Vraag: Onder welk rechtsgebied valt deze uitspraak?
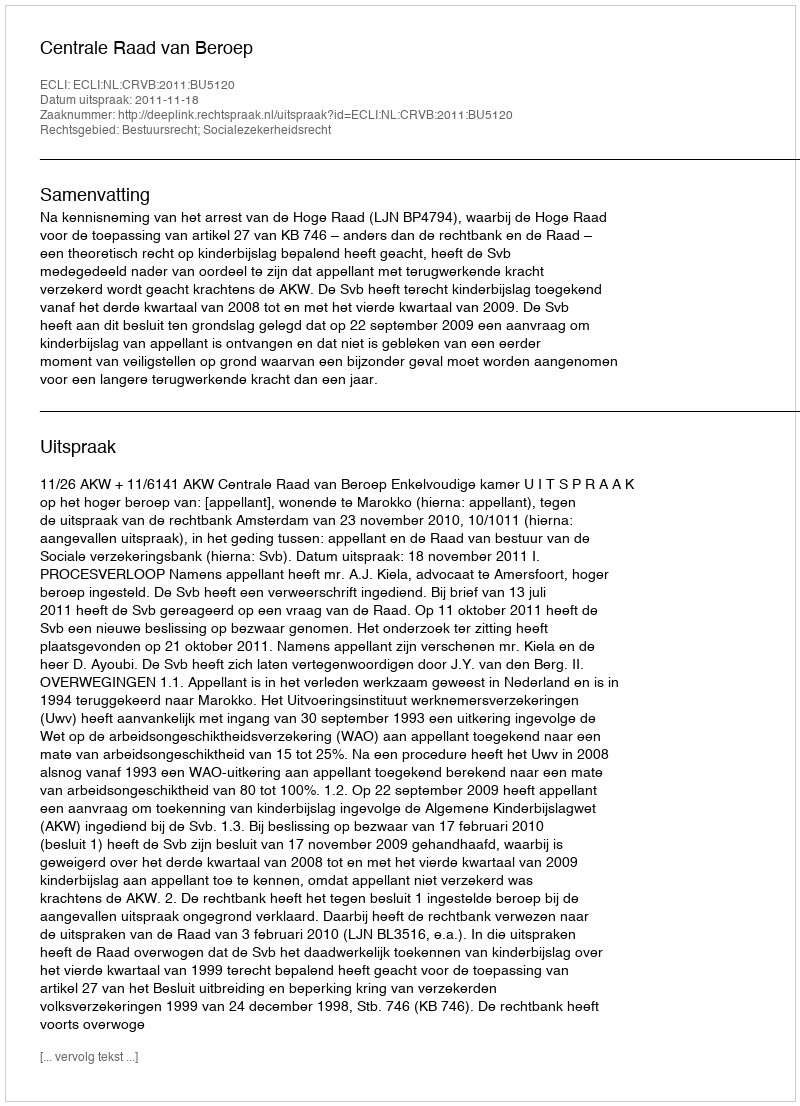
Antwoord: Bestuursrecht; Socialezekerheidsrecht